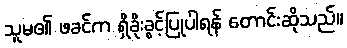
သူမ၏ ဖခင်က ရှိခိုးခွင့်ပြုပါရန် တောင်းဆိုသည်။